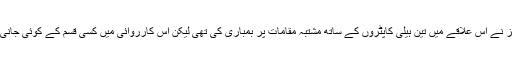
اس کے بعد سکیورٹی فورسز نے اس علاقے میں تین ہیلی کاپٹروں کے ساتھ مشتبہ مقامات پر بمباری کی تھی لیکن اس کارروائی میں کسی قسم کے کوئی جانی نقصان کی اطلاع نہیں تھی۔